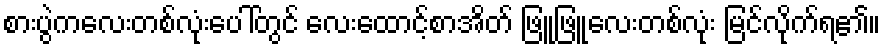
စားပွဲကလေးတစ်လုံးပေါ်တွင် လေးထောင့်စာအိတ် ဖြူဖြူလေးတစ်လုံး မြင်လိုက်ရ၏။